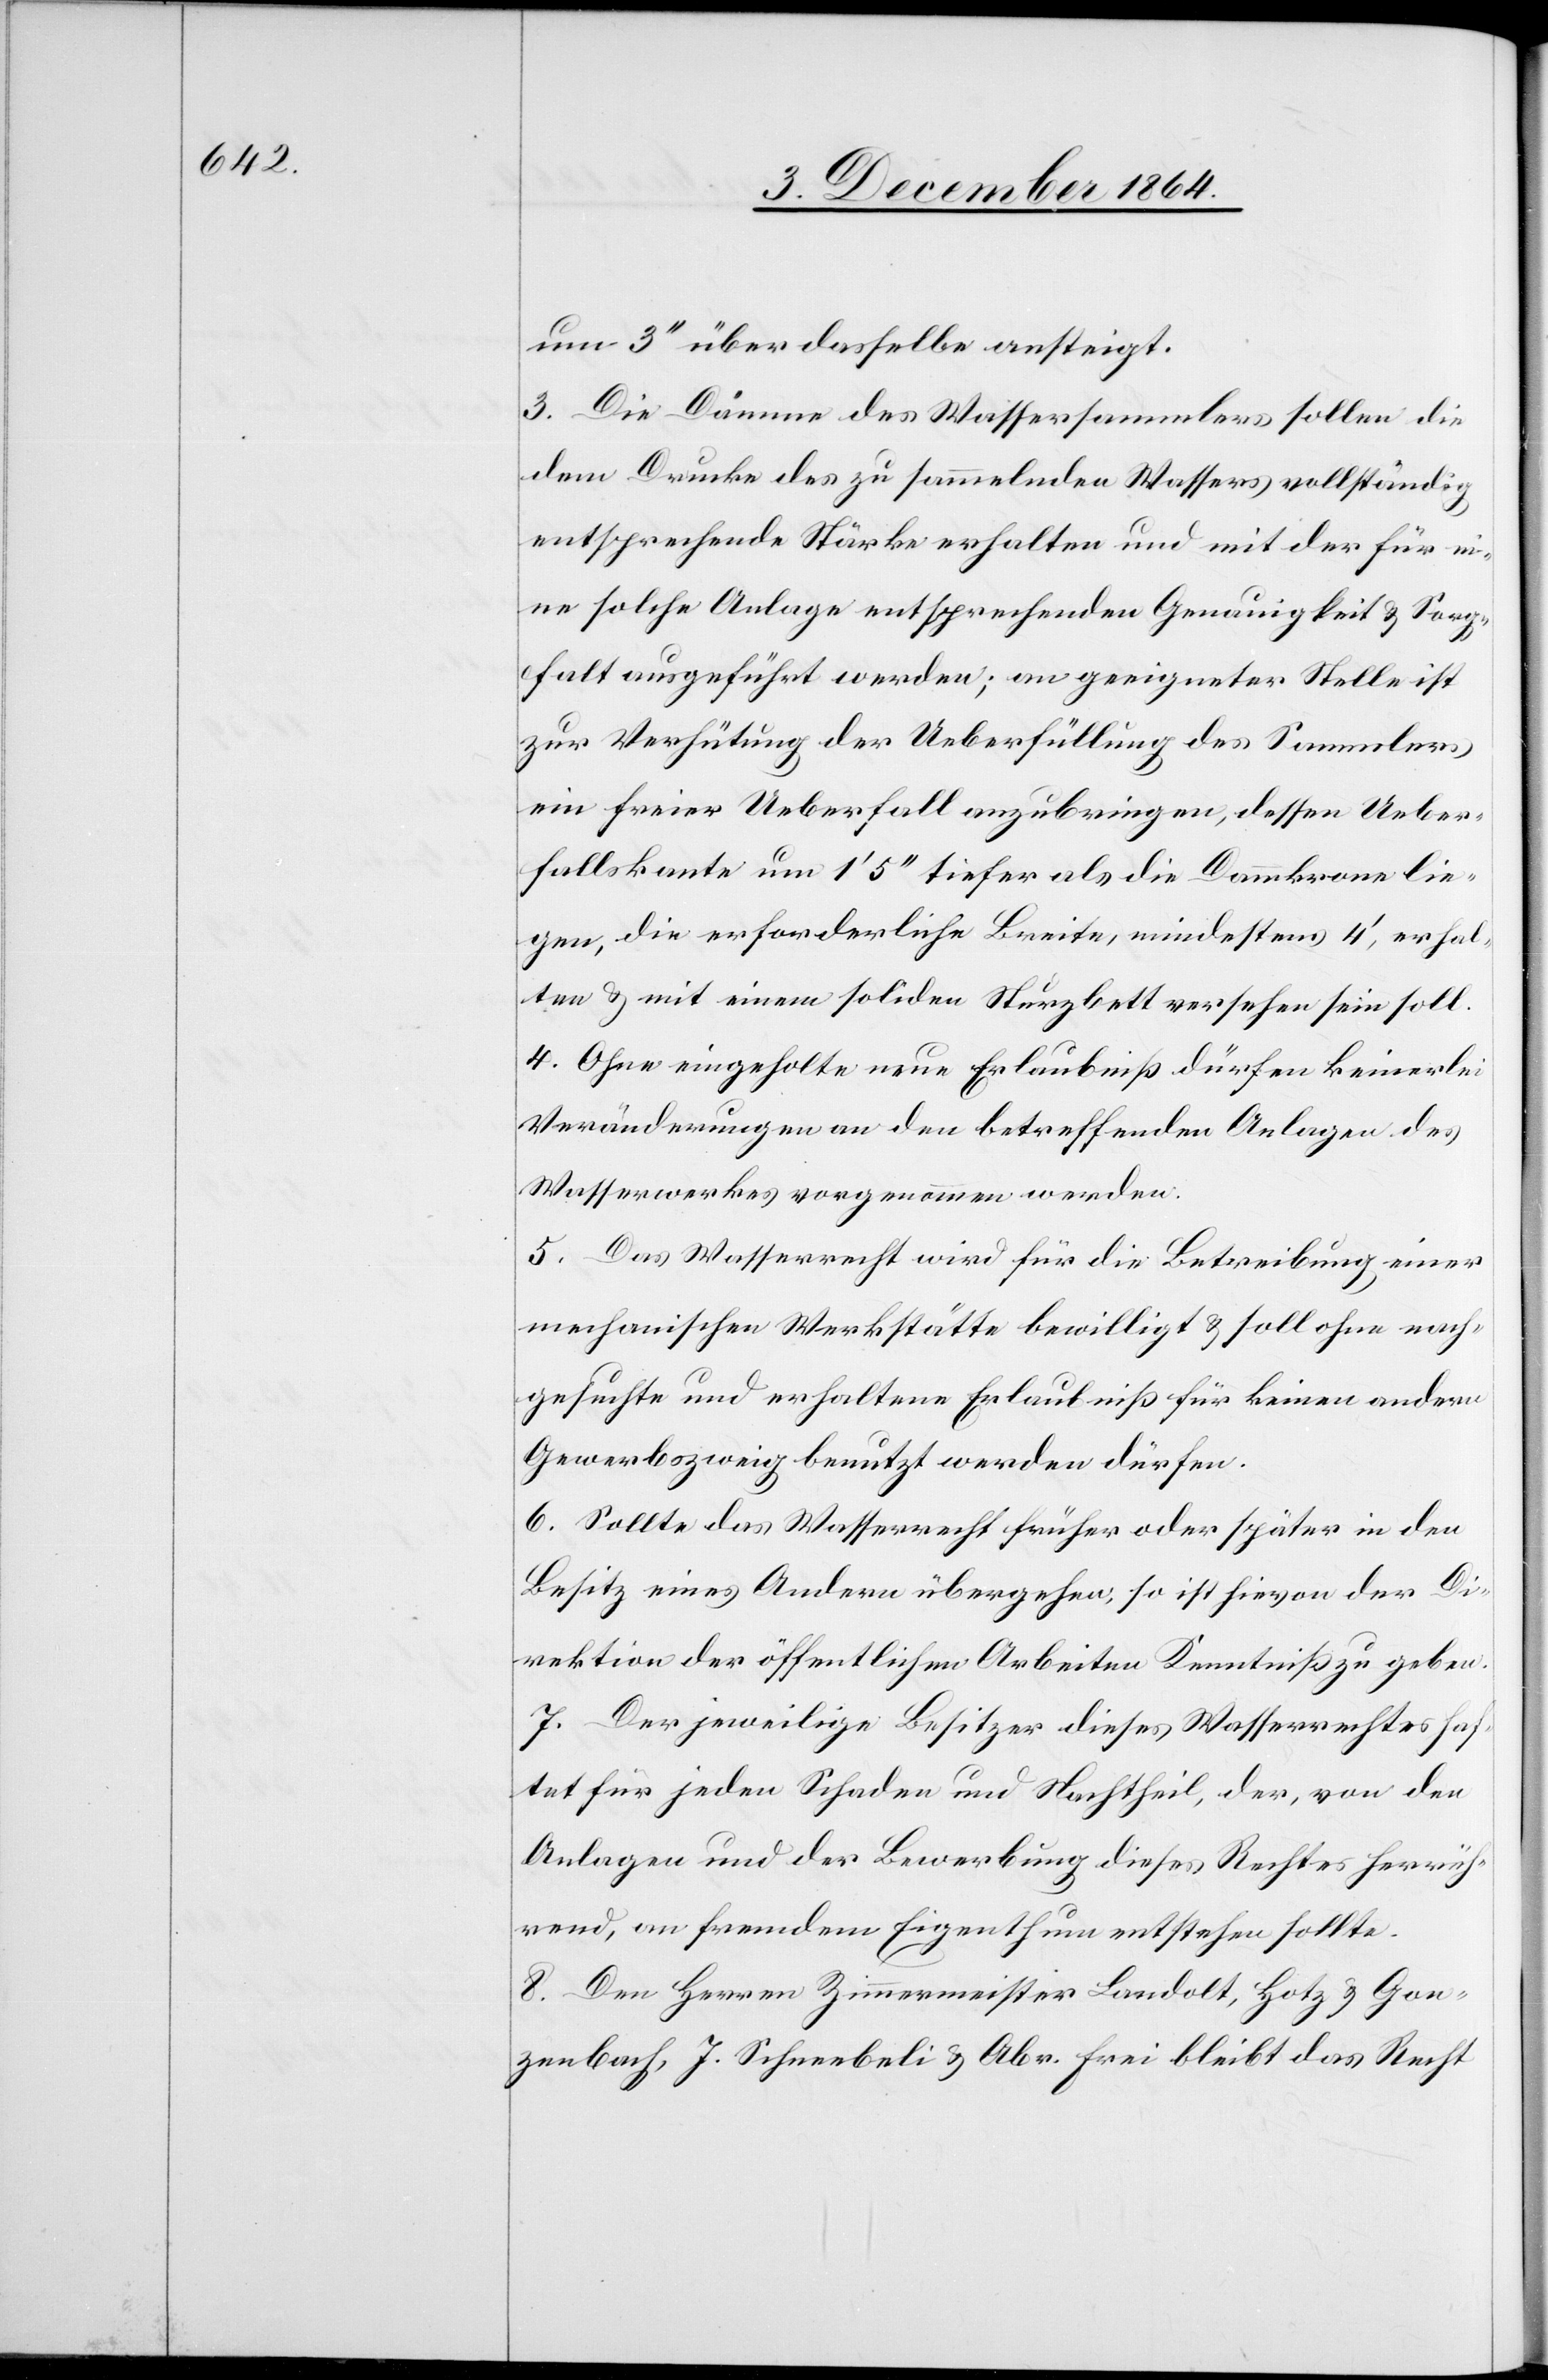
um 3’’ über dasselbe ansteigt.
3. Die Dämme des Wassersammlers sollen die
dem Drucke des zu sammelnden Wassers vollständig
entsprechende Stärke erhalten und mit der für ei¬
ne solche Anlage entsprechenden Genauigkeit & Sorg¬
falt ausgeführt werden; an geeigneter Stelle ist
zur Verhütung der Ueberfüllung des Sammlers
ein freier Ueberfall anzubringen, dessen Ueber¬
fallskante um 1’ 5’’ tiefer als die Dammkrone lie¬
gen, die erforderliche Breite, mindestens 4’, erhal¬
ten & mit einem soliden Sturzbett versehen sein soll.
4. Ohne eingeholte neue Erlaubniß dürfen keinerlei
Veränderungen an den betreffenden Anlagen des
Wasserwerkes vorgenommen werden.
5. Das Wasserrecht wird für die Betreibung einer
mechanischen Werkstätte bewilligt & soll ohne nach¬
gesuchte und erhaltene Erlaubniß für keinen andern
Gewerbszweig benutzt werden dürfen.
6. Sollte das Wasserrecht früher oder später in den
Besitz eines Andern übergehen, so ist hievon der Di¬
rektion der öffentlichen Arbeiten Kenntniß zu geben.
7. Der jeweilige Besitzer dieses Wasserrechtes haf¬
tet für jeden Schaden und Nachtheil, der, von den
Anlagen und der Bewerbung dieses Rechtes herrüh¬
rend, an fremdem Eigenthum entstehen sollte.
8. Den Herren Zimmermeister Landolt, Hotz & Gon¬
zenbach, J. Schneebeli & Abr. Frei bleibt das Recht